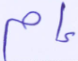
إم